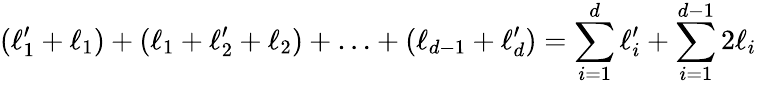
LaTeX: (\ell_{1}^{\prime}+\ell_{1})+(\ell_{1}+\ell_{2}^{\prime}+\ell_{2})+\ldots+(\ell_{d-1}+\ell_{d}^{\prime})=\sum_{i=1}^{d}\ell_{i}^{\prime}+\sum_{i=1}^{d-1}2\ell_{i}